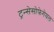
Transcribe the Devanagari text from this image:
ट्रन्सेसोफेगेयल